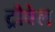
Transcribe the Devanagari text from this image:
ट्रौवेल